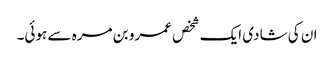
ان کی شادی ایک شخص عمرو بن مرہ سے ہوئی۔